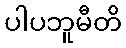
ပါပဘူမီတိ